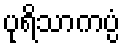
ပုရိသာကပ္ပံ